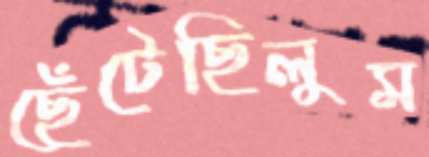
ছেঁটেছিলুম